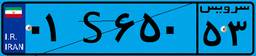
۰۰S۸۵۶۲۳